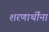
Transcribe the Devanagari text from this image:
शरणार्थींना